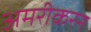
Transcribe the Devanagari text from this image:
अमरीकरन